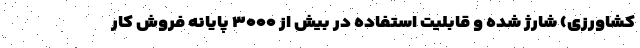
کشاورزی) شارژ شده و قابلیت استفاده در بیش از ۳۰۰۰ پایانه فروش کار